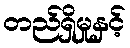
တည်ရှိမှုနှင့်